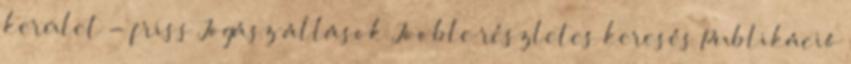
kerület - friss Jogász állások Jooble részletes keresés Publikáció